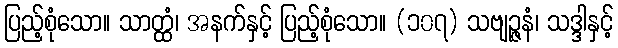
ပြည့်စုံသော။ သာတ္ထံ၊ အနက်နှင့် ပြည့်စုံသော။ (၁၀၇) သဗျဉ္ဇနံ၊ သဒ္ဒါနှင့်